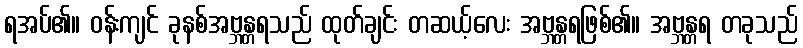
ရအပ်၏။ ဝန်းကျင် ခုနစ်အဗ္ဘန္တရသည် ထုတ်ချင်း တဆယ့်လေး အဗ္ဘန္တရဖြစ်၏။ အဗ္ဘန္တရ တခုသည်